Annual administration report of the Civil Veterinary Department, Ajmere-Merwara, British Rajputana - 1914-1940
Year: 1914
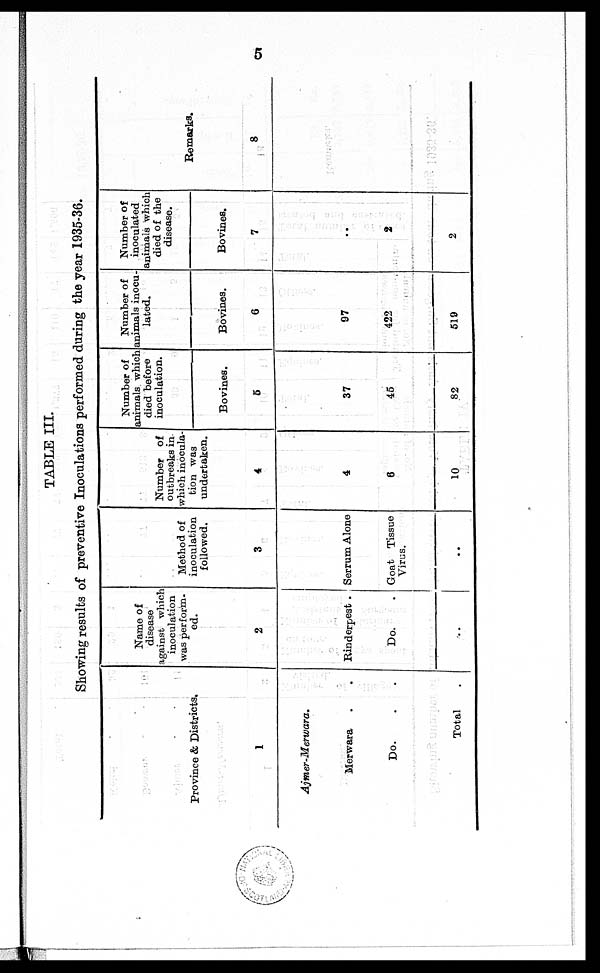
5
TABLE III.
Showing results of preventive Inoculations performed during the year 1935-36.
Province & Districts.
1
Ajmer-Merwara.
Merwara . .
Do. . .
Total .
Name of
disease
against which
inoculation
was perform¬
ed.
2
Rinderpest.
Do.
..
Method of
inoculation
followed.
3
Serrum Alone
Goat Tissue
Virus.
..
Number of
outbreaks in
which inocula-
tion was
undertaken.
4
4
6
10
Number of
animals which
died before
inoculation.
Bovines.
5
37
45
82
Number of
animals inocu-
lated.
Bovines.
6
97
422
519
Number of
inoculated
animals which
died of the
disease.
Bovines.
7
..
2
2
Remarks.
8